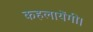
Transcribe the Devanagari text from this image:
कहलायेंगी।